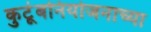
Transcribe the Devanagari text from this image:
कुटूंबनियोजनाच्या